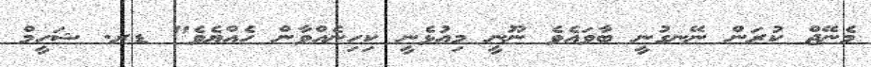
މެނޭޖް ކުރަން ނޭނގުނީ ބާވައެވެ ނޫނީ މިއުޅެނީ ކިހިނެއްވާން ހެއްޔެވެ" ޑރ. ޝަހީމް